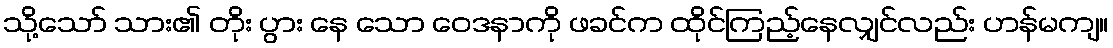
သို့သော် သား၏ တိုး ပွား နေ သော ဝေဒနာကို ဖခင်က ထိုင်ကြည့်နေလျှင်လည်း ဟန်မကျ။